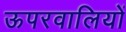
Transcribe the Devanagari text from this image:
ऊपरवालियों